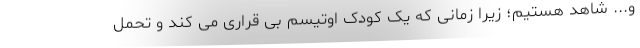
و... شاهد هستیم؛ زیرا زمانی که یک کودک اوتیسم بی قراری می کند و تحمل